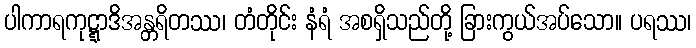
ပါကာရကုဋ္ဋာဒိအန္တရိတဿ၊ တံတိုင်း နံရံ အစရှိသည်တို့ ခြားကွယ်အပ်သော။ ပရဿ၊